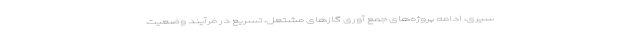
سیری، ادامه پروژه‌های جمع آوری گازهای مشتعل، تسریع در فرآیند وضعیت